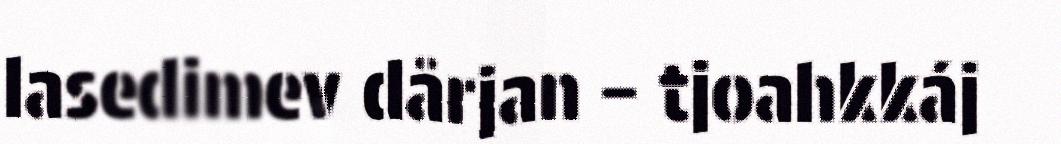
lasedimev dårjan – tjoahkkáj